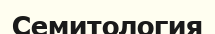
Семитология